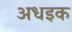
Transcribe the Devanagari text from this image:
अधइक